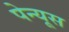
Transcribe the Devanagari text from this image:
पेन्यूस